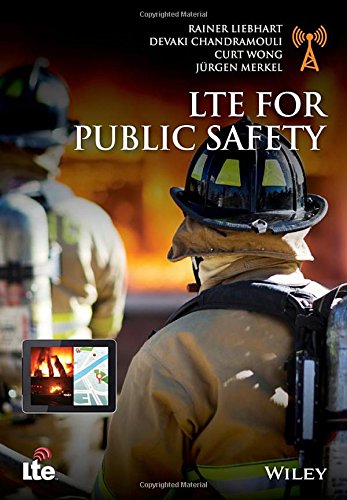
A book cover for LTE for Public Safety; Rainer Liebhart; Crafts, Hobbies & Home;